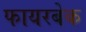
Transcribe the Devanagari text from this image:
फायरबेक